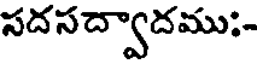
సద సద్వాదము;-